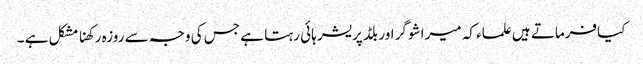
کیافرماتے ہیں علماء کہ میرا شوگر اور بلڈ پریشر ہائی رہتا ہے جس کی وجہ سے روزہ رکھنا مشکل ہے ۔